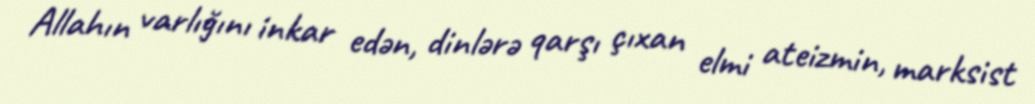
Allahın varlığını inkar edən, dinlərə qarşı çıxan elmi ateizmin, marksist